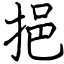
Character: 挹